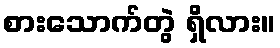
စားသောက်တွဲ ရှိလား။